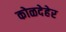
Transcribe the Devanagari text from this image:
कोळदेहेर